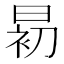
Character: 𱢎